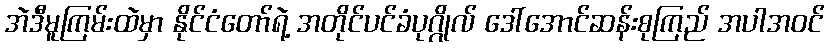
အဲဒီမူကြမ်းထဲမှာ နိုင်ငံတော်ရဲ့ အတိုင်ပင်ခံပုဂ္ဂိုလ် ဒေါ်အောင်ဆန်းစုကြည် အပါအဝင်